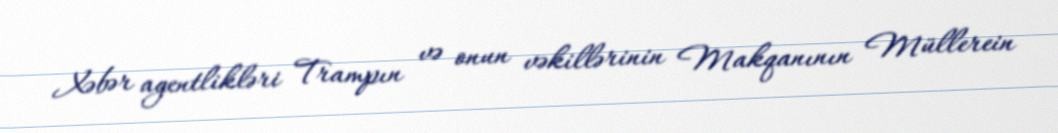
Xəbər agentlikləri Trampın və onun vəkillərinin Makqanının Müllerein